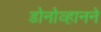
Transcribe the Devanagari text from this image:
डोनोव्हानने